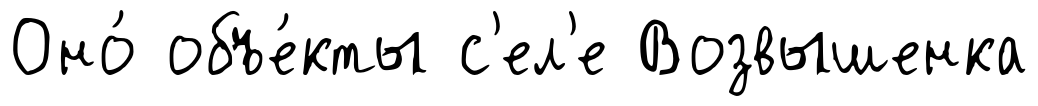
Оно́ объе́кты с'ел'е Возвышенка